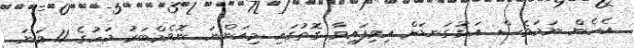
އެހެން ނަމަވެސް އަޅުގަނޑަށް އިވިފައިވާ ގޮތުގައި މިއަންނަ ނޮވެމްބަރު މަހުގެ 11 ވަނަ